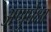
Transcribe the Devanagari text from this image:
अणुपेक्षा